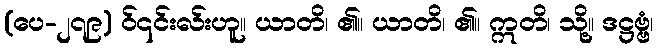
(ပေ-၂၇၉) ဝ်၎င်းလ်းဟူ။ ယာတိ၊ ၏။ ယာတိ၊ ၏။ ဣတိ၊ သို့။ ဒဋ္ဌဗ္ဗံ၊